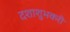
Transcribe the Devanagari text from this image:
दशाशुभकरी